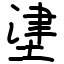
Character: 堻